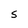
Character: S